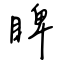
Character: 睥